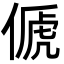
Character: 傂